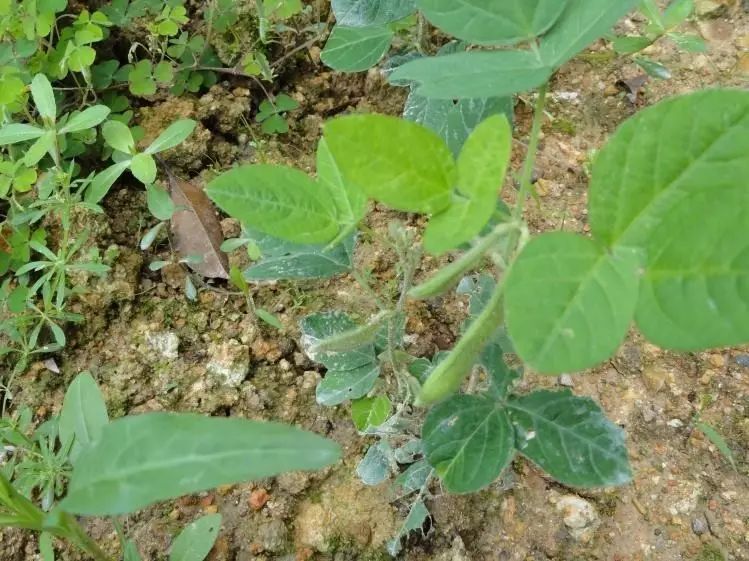
种豆南山下，草盛豆苗稀。